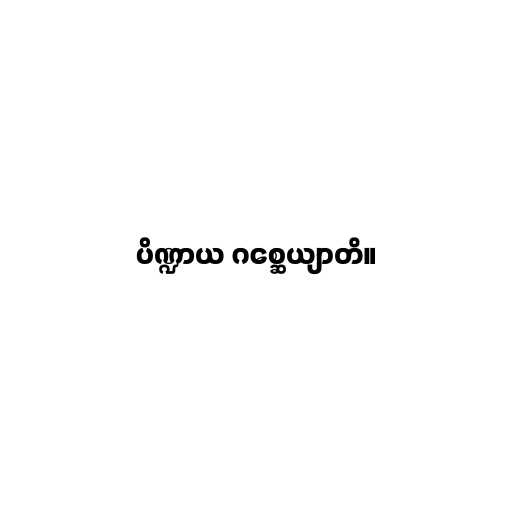
ပိဏ္ဍာယ ဂစ္ဆေယျာတိ။